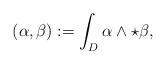
LaTeX: \begin{align*} (\alpha,\beta):=\int_{D}\alpha\wedge\star \beta,\end{align*}